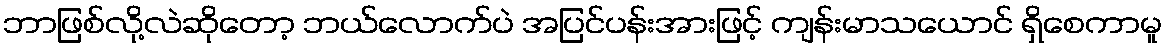
ဘာဖြစ်လို့လဲဆိုတော့ ဘယ်လောက်ပဲ အပြင်ပန်းအားဖြင့် ကျန်းမာသယောင် ရှိစေကာမူ